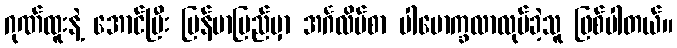
ဂုဏ်ထူးနဲ့ အောင်ပြီး မြန်မာပြည်မှာ အင်္ဂလိပ်စာ ပါမောက္ခလာလုပ်ခဲ့သူ ဖြစ်ပါတယ်။